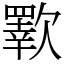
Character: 歝